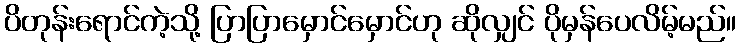
ပိတုန်းရောင်ကဲ့သို့ ပြာပြာမှောင်မှောင်ဟု ဆိုလျှင် ပိုမှန်ပေလိမ့်မည်။